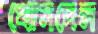
খোসদেল